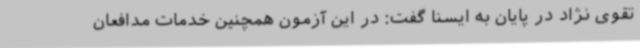
تقوی نژاد در پایان به ایسنا گفت: در این آزمون همچنین خدمات مدافعان